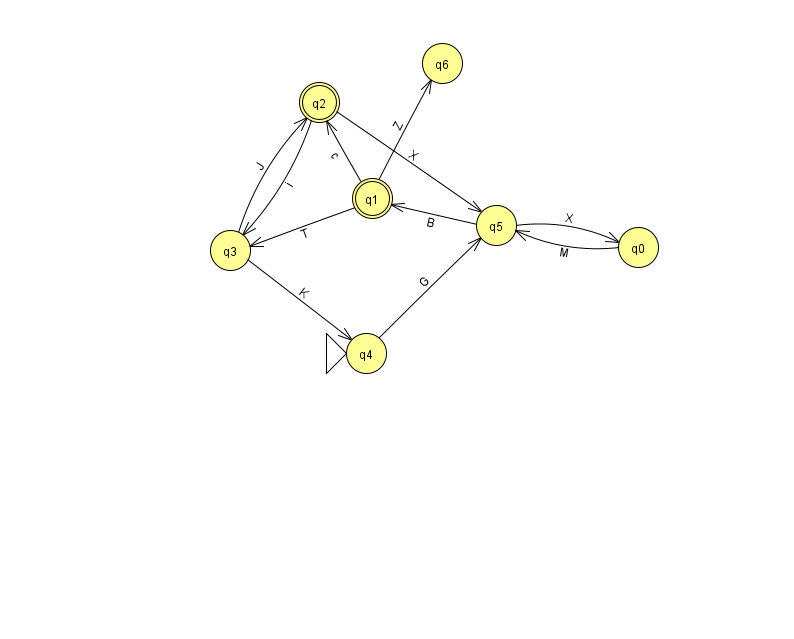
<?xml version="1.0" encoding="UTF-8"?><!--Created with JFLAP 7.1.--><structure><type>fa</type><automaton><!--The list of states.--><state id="0" name="q0"><x>638.0</x><y>234.0</y></state><state id="1" name="q1"><x>372.0</x><y>185.0</y><final/></state><state id="2" name="q2"><x>319.0</x><y>89.0</y><final/></state><state id="3" name="q3"><x>230.0</x><y>237.0</y></state><state id="4" name="q4"><x>366.0</x><y>340.0</y><initial/></state><state id="5" name="q5"><x>496.0</x><y>212.0</y></state><state id="6" name="q6"><x>442.0</x><y>50.0</y></state><!--The list of transitions.--><transition><from>0</from><to>5</to><read>M</read></transition><transition><from>5</from><to>1</to><read>B</read></transition><transition><from>2</from><to>5</to><read>X</read></transition><transition><from>5</from><to>0</to><read>X</read></transition><transition><from>2</from><to>3</to><read>i</read></transition><transition><from>1</from><to>6</to><read>Z</read></transition><transition><from>3</from><to>2</to><read>J</read></transition><transition><from>1</from><to>2</to><read>c</read></transition><transition><from>1</from><to>3</to><read>T</read></transition><transition><from>4</from><to>5</to><read>G</read></transition><transition><from>3</from><to>4</to><read>K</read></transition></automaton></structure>